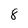
Character: 8